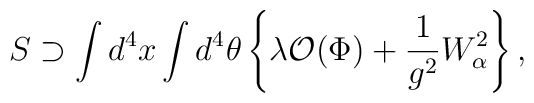
S \supset \int d^4x \int d^4\theta \left\{ \lambda {\cal O}(\Phi)+ {1\over g^2} W_\alpha^2 \right\} ,